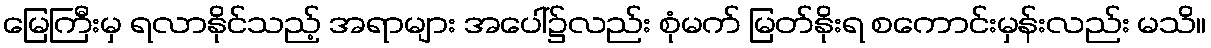
မြေကြီးမှ ရလာနိုင်သည့် အရာများ အပေါ်၌လည်း စုံမက် မြတ်နိုးရ စကောင်းမှန်းလည်း မသိ။